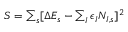
\begin{array} { r } { S = \sum _ { s } [ \Delta E _ { s } - \sum _ { I } \epsilon _ { I } N _ { I , s } ] ^ { 2 } } \end{array}